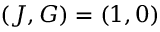
( J , G ) = ( 1 , 0 )